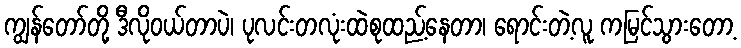
ကျွန်တော်တို့ ဒီလိုဝယ်တာပဲ၊ ပုလင်းတလုံးထဲစုထည့်နေတာ၊ ရောင်းတဲ့လူ ကမြင်သွားတော့